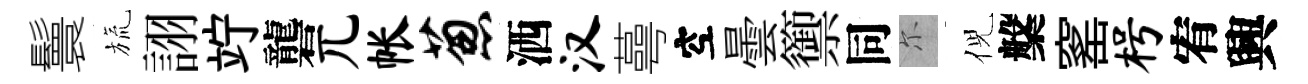
鬟旒詡竚礱兀帐葱洒汉蕚空曇籞同尓倪槃窰枵宥興